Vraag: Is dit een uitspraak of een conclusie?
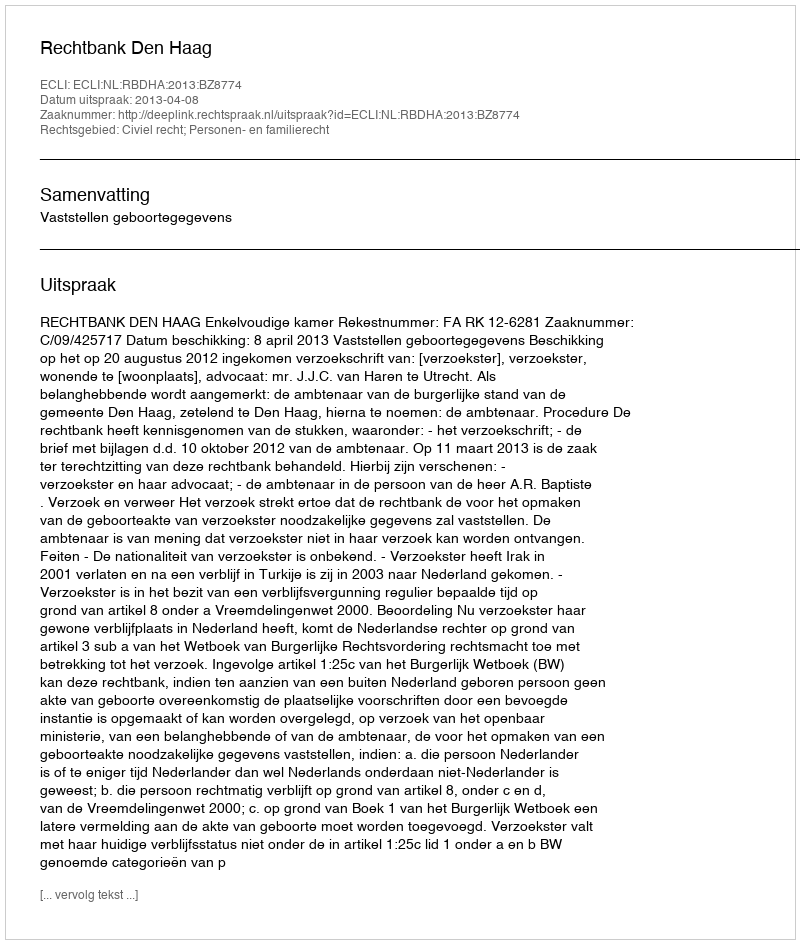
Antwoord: Uitspraak